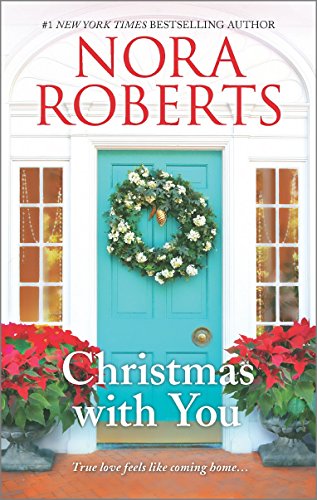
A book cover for Christmas with You: Gabriel's Angel\Home for Christmas; Nora Roberts; Romance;